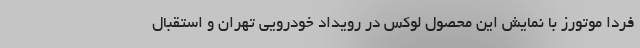
فردا موتورز با نمایش این محصول لوکس در رویداد خودرویی تهران و استقبال